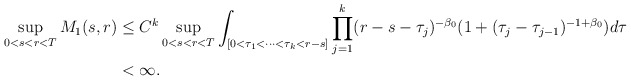
\begin{align*}\sup_{0<s<r<T}M_1(s,r)&\le C^k \sup_{0<s<r<T}\int_{[0<\tau_1<\dots<\tau_k<r-s]} \prod_{j=1}^k (r-s-\tau_j)^{-\beta_0} (1+(\tau_j-\tau_{j-1})^{-1+\beta_0}) d\tau\\&<\infty.\end{align*}